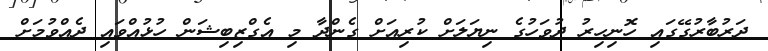
ދަރުބާރުގޭގައި ހޮނިހިރު ދުވަހުގެ ނިޔަލަށް ކުރިއަށް ގެންދާ މި އެގްޒިބިޝަން ހުޅުއްވައި ދެއްވުމަށް